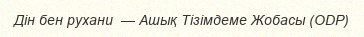
Дін бен рухани  — Ашық Тізімдеме Жобасы (ODP)